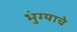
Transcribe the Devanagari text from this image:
भुंग्याचे